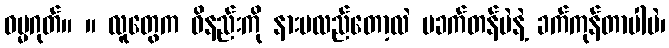
ဓမ္မဂုတ်။ ။ လူတွေက ဝိနည်းကို နားမလည်တော့လဲ မခက်တန်ပဲနဲ့ ခက်ကုန်တာပါပဲ၊